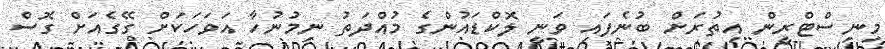
މިނިސްޓްރީން އިތުރަށް ބުނެފައި ވަނީ ލޮކްޑައުންގެ މުއްދަތު ނިމުނުހާ އަވަހަކަށް ގޭގެއަށް ގޮސް